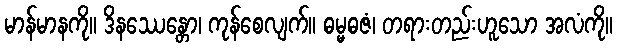
မာန်မာနကို။ ဒိနဿေန္တော၊ ကုန်စေလျက်။ ဓမ္မဓဇံ၊ တရားတည်းဟူသော အလံကို။